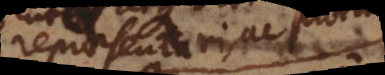
repraesentari, ac